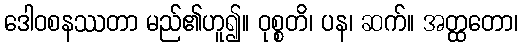
ဒေါဝစနဿတာ မည်၏ဟူ၍။ ဝုစ္စတိ၊ ပန၊ ဆက်။ အတ္ထတော၊